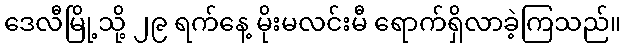
ဒေလီမြို့သို့ ၂၉ ရက်နေ့ မိုးမလင်းမီ ရောက်ရှိလာခဲ့ကြသည်။